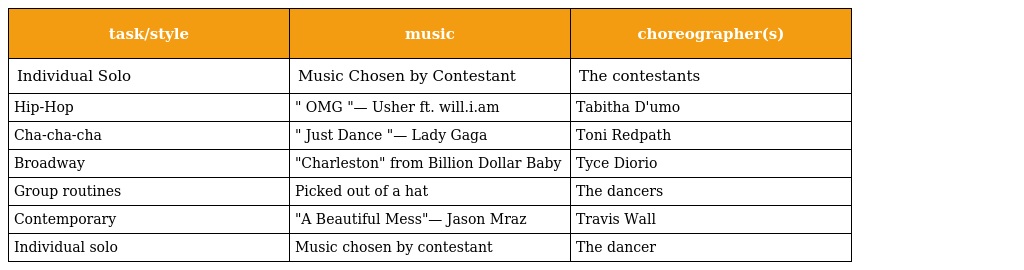
| task/style | music | choreographer(s) |
 | --- | --- | --- |
 | Individual Solo | Music Chosen by Contestant | The contestants |
 | Hip-Hop | " OMG "— Usher ft. will.i.am | Tabitha D'umo |
 | Cha-cha-cha | " Just Dance "— Lady Gaga | Toni Redpath |
 | Broadway | "Charleston" from Billion Dollar Baby | Tyce Diorio |
 | Group routines | Picked out of a hat | The dancers |
 | Contemporary | "A Beautiful Mess"— Jason Mraz | Travis Wall |
 | Individual solo | Music chosen by contestant | The dancer |